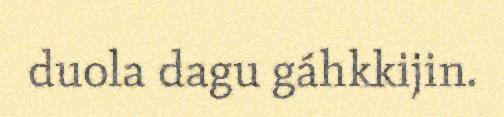
duola dagu gáhkkijin.